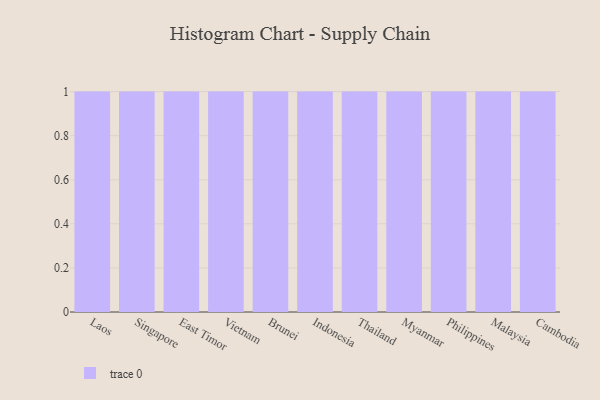
{"axis": {"x": "Country", "y": "Net Income (USD K)"}, "legend": [""], "data": [{"x": "Laos", "y": 59, "type": ""}, {"x": "Singapore", "y": 7, "type": ""}, {"x": "East Timor", "y": 93, "type": ""}, {"x": "Vietnam", "y": 98, "type": ""}, {"x": "Brunei", "y": 15, "type": ""}, {"x": "Indonesia", "y": 76, "type": ""}, {"x": "Thailand", "y": 19, "type": ""}, {"x": "Myanmar", "y": 7, "type": ""}, {"x": "Philippines", "y": 47, "type": ""}, {"x": "Malaysia", "y": 80, "type": ""}, {"x": "Cambodia", "y": 27, "type": ""}]}